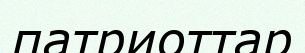
патриоттар